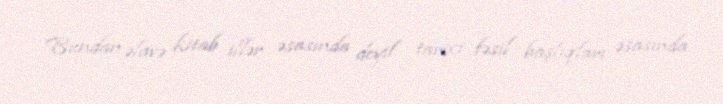
Bundan əlavə kitab illər əsasında deyil tarixi fəsil başlıqları əsasında